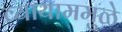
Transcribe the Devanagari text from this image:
व्यायाममुळे